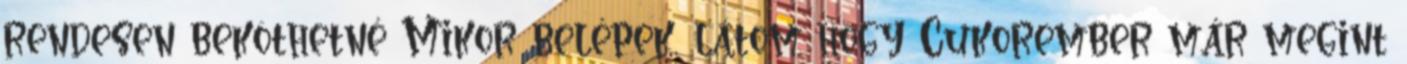
rendesen beköthetné Mikor belépek, látom hogy Cukorember már megint